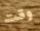
وقت